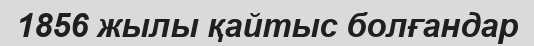
1856 жылы қайтыс болғандар